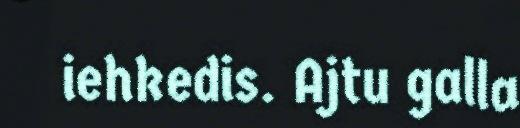
iehkedis. Ajtu galla